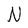
Character: N